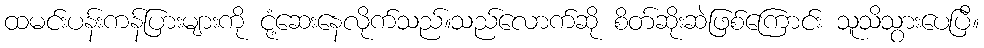
ထမင်းပန်းကန်ပြားများကို ငုံ့ဆေးနေလိုက်သည်။သည်လောက်ဆို စိတ်ဆိုးဆဲဖြစ်ကြောင်း သူသိသွားပေပြီ။